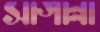
সাগান্না